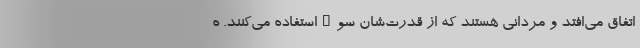
اتفاق می‌افتد و مردانی هستند که از قدرت‌شان سوءاستفاده می‌کنند. ه